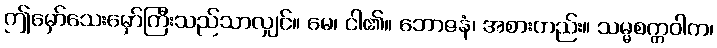
ဤမှော်သေးမှော်ကြီးသည်သာလျှင်။ မေ၊ ငါ၏။ ဘောဇနံ၊ အစားတည်း။ သမ္မစက္ကဝါက၊